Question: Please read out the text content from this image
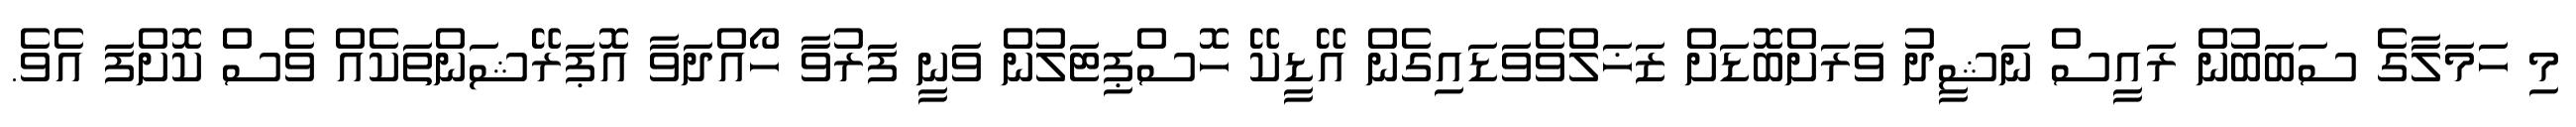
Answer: މި ހަމަލާގެ ސަބަބުން ރައީސް ނަޝީދު ވަރަށްބޮޑަށް ޒަޚަލްވެވަޑައިގެން އޭޑީކޭ ހޮސްޕިޓަލުން ވަނީ ފަރުވާ ހޯއްދަވާ އޮޕަރޭޝަންތަކެއް ވެސް ކޮށްފަ އެވެ.